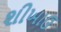
શીખાઉ